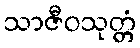
သာဇီဝသုတ္တံ